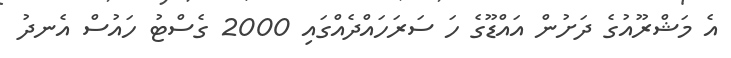
އެ މަޝްރޫއުގެ ދަށުން އައްޑޫގެ ހަ ސަރަހައްދެއްގައި 2000 ގެސްޓު ހައުސް އެނދު